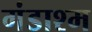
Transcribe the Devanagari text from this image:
गंडाश्म